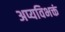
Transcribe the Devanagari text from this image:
अप्यविभक्तं